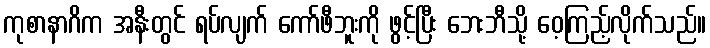
ကုစာနာဂိက အနီးတွင် ရပ်လျက် ကော်ဖီဘူးကို ဖွင့်ပြီး ဘေးဘီသို့ ဝေ့ကြည့်လိုက်သည်။